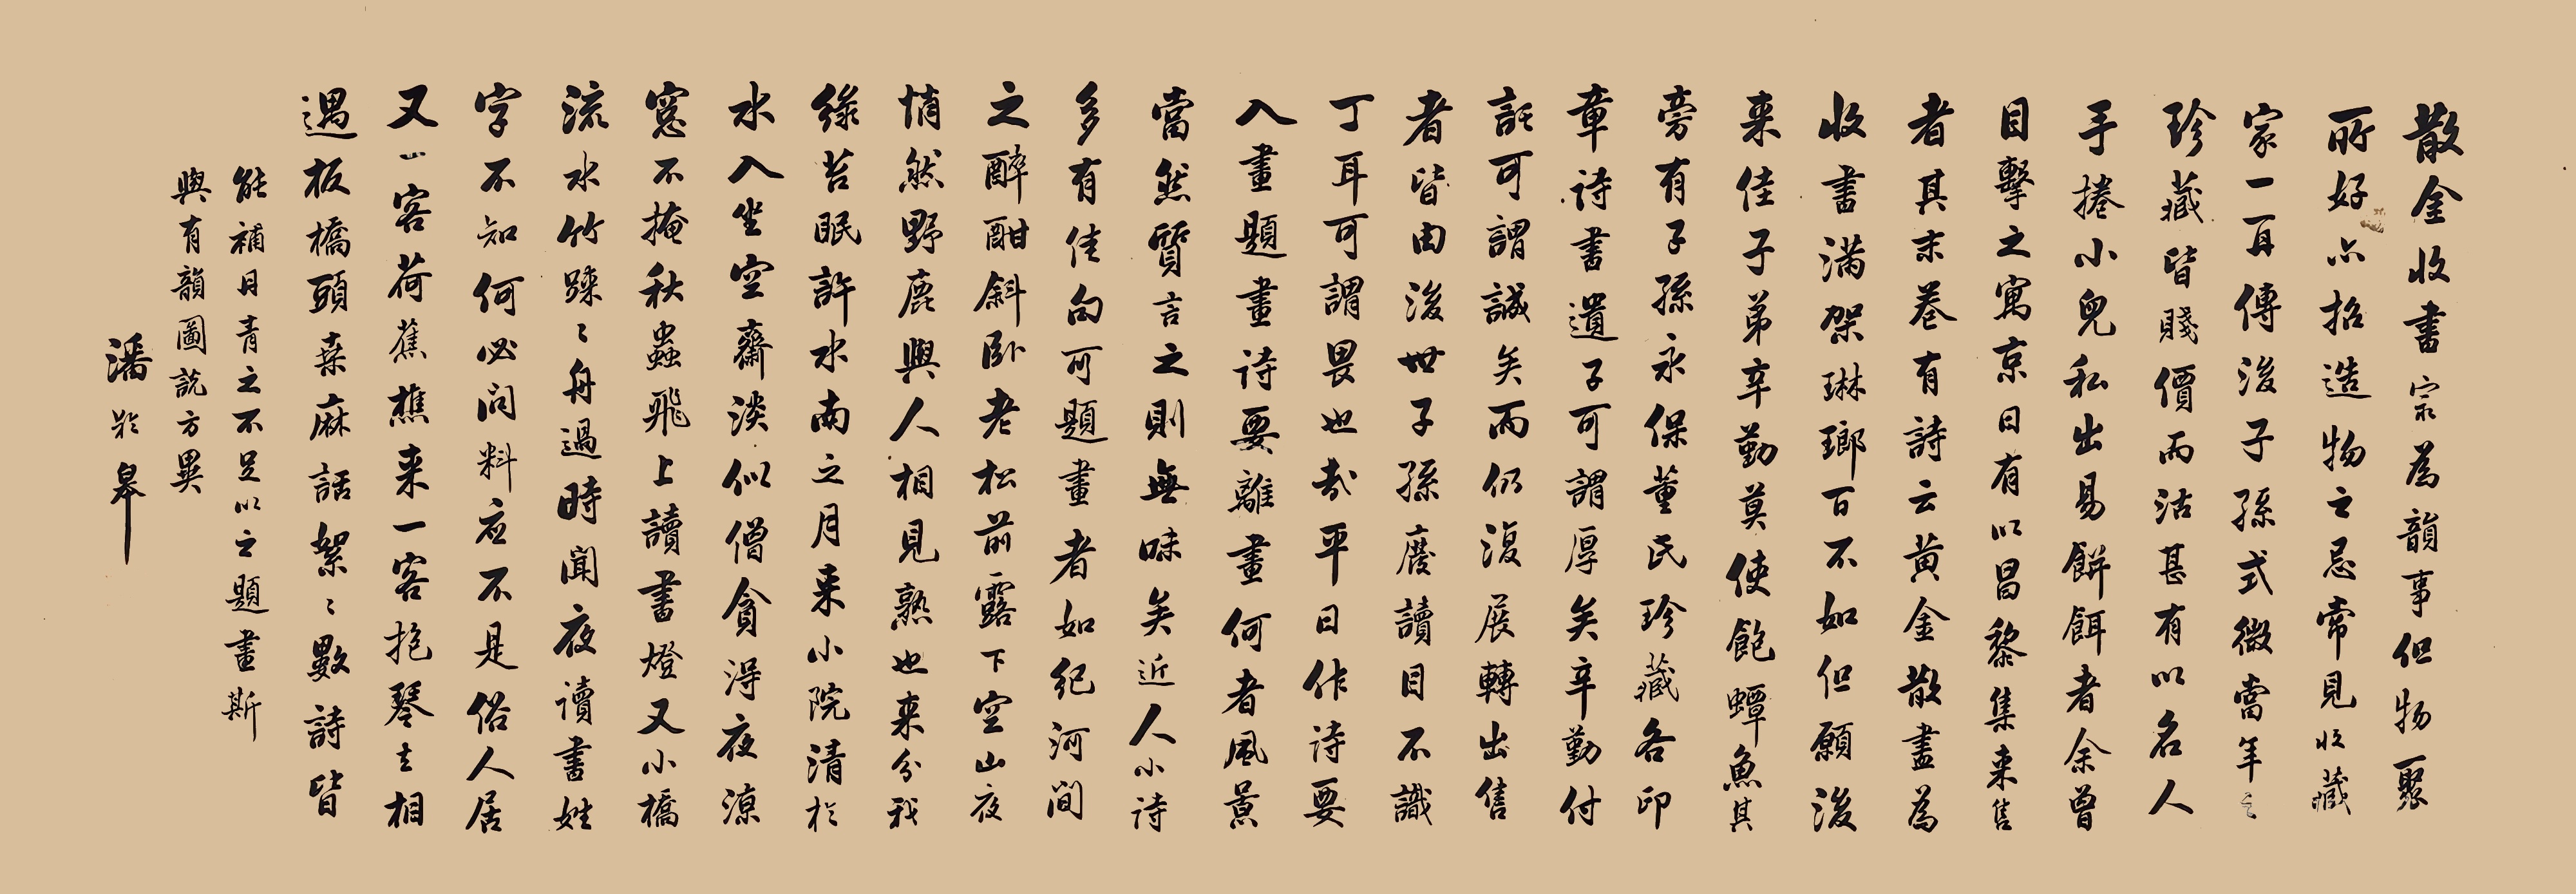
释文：散金收书，最为韵事，但物聚所好，亦招造物之忌。常见收藏家一再传，后子孙式微，当年之珍藏皆贱价而沽，甚有以名人手卷小儿私出易饼饵者，余曾目击之。寓京日，有以《昌黎集》来售者，其末卷有诗云：“黄金散尽为收书，满架琳琅百不如。但愿后来佳子弟，辛勤莫使饱蟫鱼。”其旁有“子孙永保”、“董氏珍藏”各印章。诗书遗子可谓厚矣，辛勤付托可谓诚矣，而仍复展转出售者，皆由后世子孙废读，目不识丁耳。可谓畏也哉。平日作诗要入画，题画诗要离画，何者？风景当然，质言之则无味矣。近人小诗多有佳句可题画者，如纪河间之：醉酣斜卧老松前，露下空山夜悄然。野鹿与人相见熟，也来分我绿苔眠。许水南之：月来小院清于水，入坐空斋淡似僧。贪得夜凉窗不掩，秋虫飞上读书灯。又：小桥流水竹疏疏，舟过时闻夜读书。姓字不知何必问，料应不是俗人居。又一：客荷蕉樵来，一客抱琴去，相遇板桥头，桑麻语絮絮。数诗皆能补丹青之不足，以之题画，斯与有韵图说方异。潘龄皋。潘龄皋印、锡九